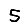
Digit: 5